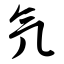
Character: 氕